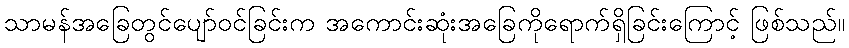
သာမန်အခြေတွင်ပျော်ဝင်ခြင်းက အကောင်းဆုံးအခြေကိုရောက်ရှိခြင်းကြောင့် ဖြစ်သည်။